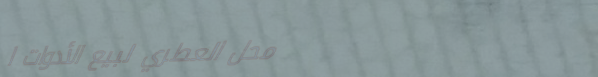
محل العطري لبيع الأدوات ا